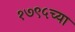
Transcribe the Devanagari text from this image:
१७९५च्या